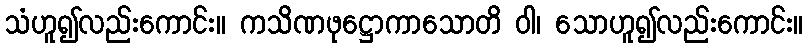
သံဟူ၍လည်းကောင်း။ ကသိဏဖုဋ္ဌောကာသောတိ ဝါ၊ သောဟူ၍လည်းကောင်း။